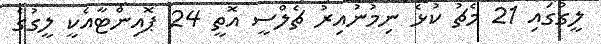
ލީގުގައި 21 މެޗު ކުޅެ ނިމުނުއިރު ޗެލްސީ އޮތީ 24 ޕޮއިންޓާއެކީ ލީގުގެ